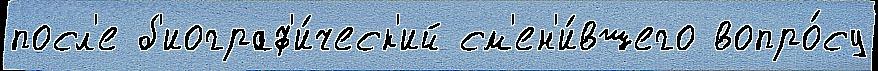
посл'е б'иограф'и́ческ'ий см'ен'и́вшего вопро́су